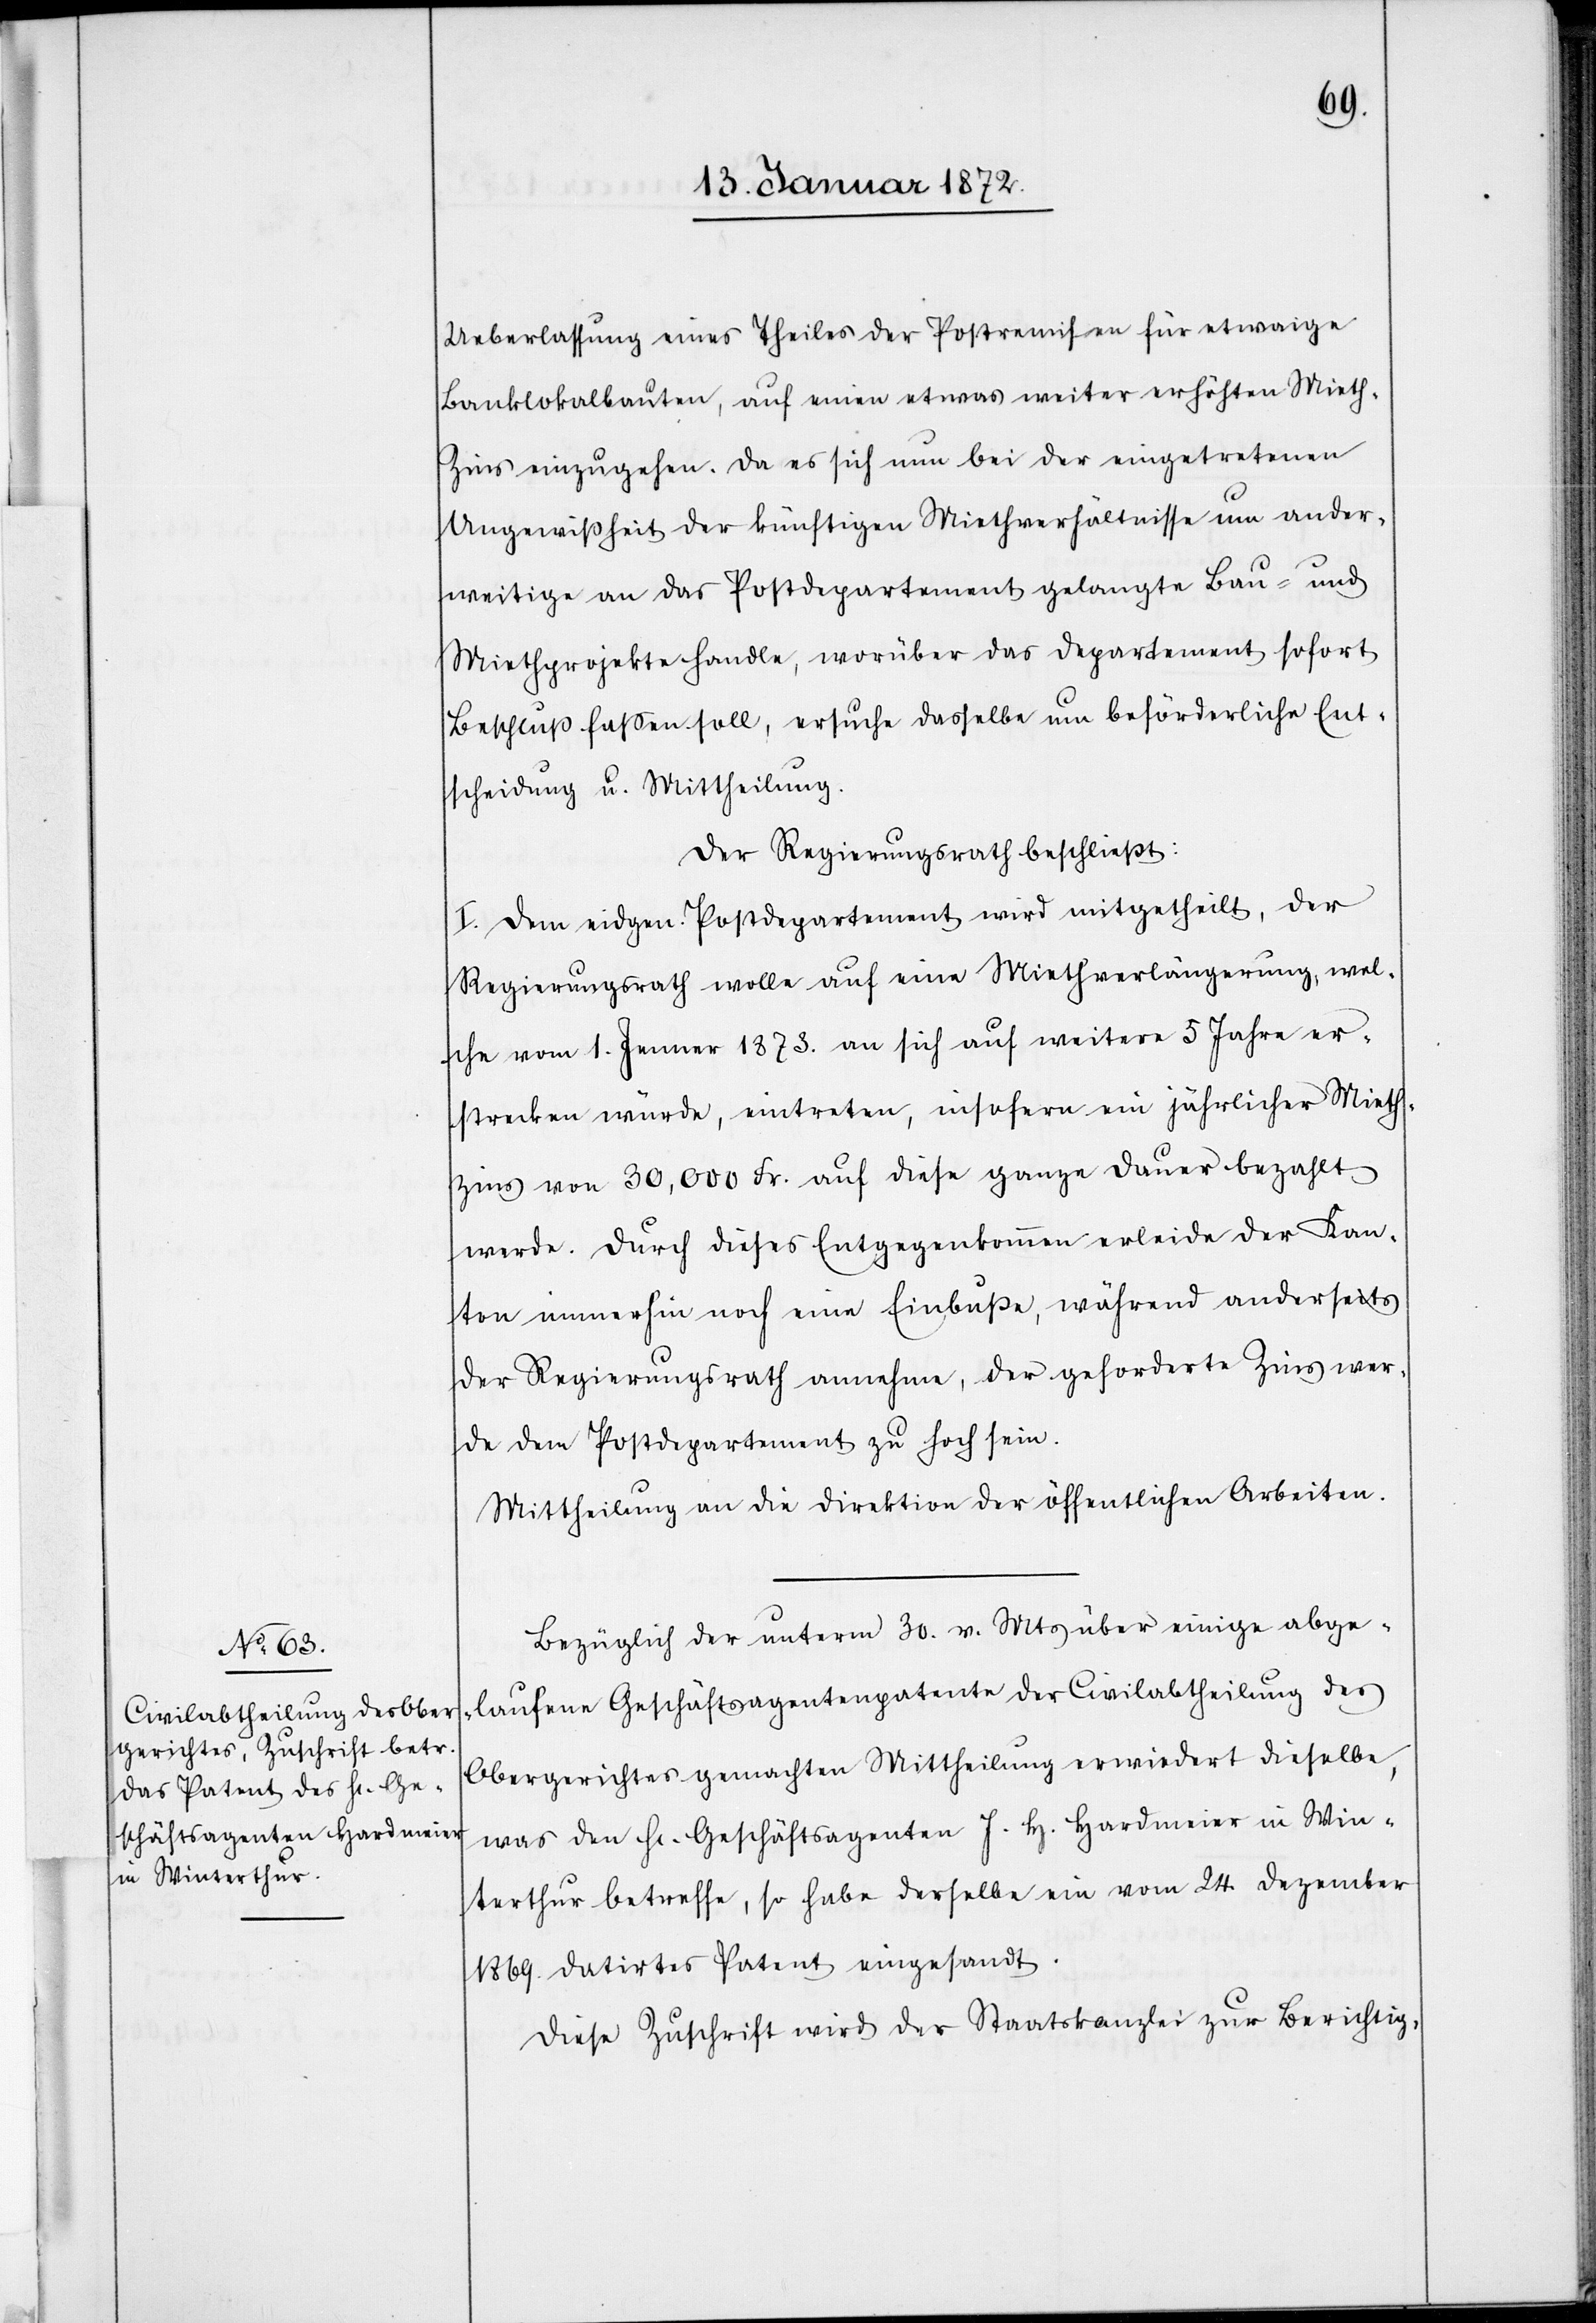
Ueberlassung eines Theiles der Postremisen für etwaige
Banklokalbauten, auf einen etwas weiter erhöhten Miet¬
h-Zins einzugehen. Da es sich nun bei der eingetretenen
Ungewißheit der künftigen Miethverhältnisse um ander¬
weitige an das Postdepartement gelangte Bau- und
Miethprojekte handle, worüber das Departement sofort
Beschluß faßen soll, ersuche dasselbe um beförderliche Ent¬
scheidung u. Mittheilung.
Der Regierungsrath beschließt:
I. Dem eidgen. Postdepartement wird mitgetheilt, der
Regierungsrath wolle auf eine Miethverlängerung, wel¬
che vom 1. Jenner 1873. an sich auf weitere 5 Jahre er¬
strecken würde, eintreten, insofern ein jährlicher Mieth¬
zins von 30,000 Fr. auf diese ganze Dauer bezahlt
werde. Durch dieses Entgegenkommen erleide der Kan¬
ton immerhin noch eine Einbuße, während anderseits
der Regierungsrath annehme, der geforderte Zins wer¬
de dem Postdepartement zu hoch sein.
Mittheilung an die Direktion der öffentlichen Arbeiten.
Bezüglich der unterm 30. v. Mts über einige abge¬
laufene Geschäftsagentenpatente der Civilabtheilung des
Obergerichtes gemachten Mittheilung erwiedert dieselbe,
was den H. Geschäftsagenten J. H. Hardmeier in Win¬
terthur betreffe, so habe derselbe ein vom 24. Dezember
1869. datirtes Patent eingesandt.
Diese Zuschrift wird der Staatskanzlei zur Berichtig.